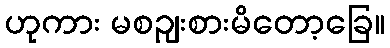
ဟုကား မစဉျးစားမိတော့ခြေ။